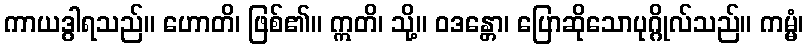
ကာယဒွါရသည်။ ဟောတိ၊ ဖြစ်၏။ ဣတိ၊ သို့။ ဝဒန္တော၊ ပြောဆိုသောပုဂ္ဂိုလ်သည်။ ကမ္မံ၊